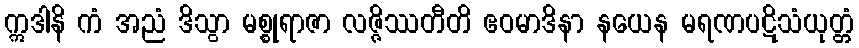
ဣဒါနိ ကံ အညံ ဒိသွာ မစ္စုရာဇာ လဇ္ဇိဿတီတိ ဧဝမာဒိနာ နယေန မရဏပဋိသံယုတ္တံ